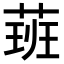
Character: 𦶾